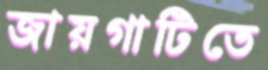
জায়গাটিতে